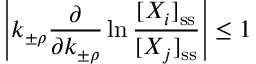
\left| k _ { \pm \rho } \frac { \partial } { \partial k _ { \pm \rho } } \ln \frac { [ X _ { i } ] _ { \mathrm { s s } } } { [ X _ { j } ] _ { \mathrm { s s } } } \right| \leq 1